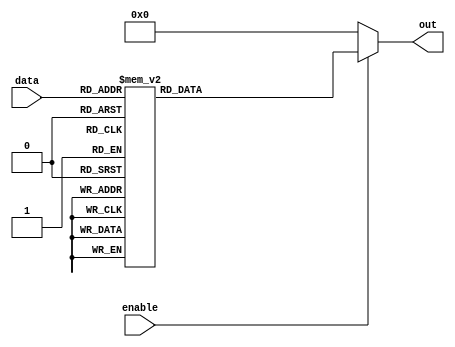
`timescale 1ns / 100ps

//////////////////////////////////////////////////////////////////////////////////
// Rev. Date:	Mar. 20, 2019
//
// Purpose:	This is a 3 to 8 decoder that selects a single output signal based
//		on a 3 bit input signal.
//
// Notes:	The decoder will only select a single signal if enable is active.
//		Otherwise, output will be zero.
//
//////////////////////////////////////////////////////////////////////////////////


module decoder_3to8(
    input      [2:0]  data,
    input      	      enable,
    output reg [7:0]  out
    );
    
    always @(*)
	if(enable == 1'b1)
		case(data)
			3'b000 : out = 8'b0000_0001;
			3'b001 : out = 8'b0000_0010;
			3'b010 : out = 8'b0000_0100;
			3'b011 : out = 8'b0000_1000;
			3'b100 : out = 8'b0001_0000;
			3'b101 : out = 8'b0010_0000;
			3'b110 : out = 8'b0100_0000;
			3'b111 : out = 8'b1000_0000;

			default: out = 8'b0;
		endcase

	else out = 8'b0;
endmodule